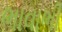
ભાવાભી